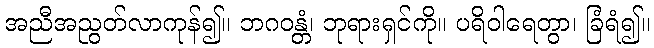
အညီအညွတ်လာကုန်၍။ ဘဂဝန္တံ၊ ဘုရားရှင်ကို။ ပရိဝါရေတွာ၊ ခြံရံ၍။